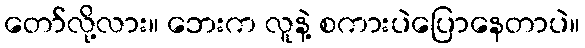
တော်လို့လား။ ဘေးက လူနဲ့ စကားပဲပြောနေတာပဲ။